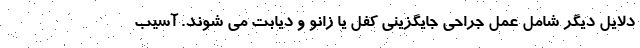
دلایل دیگر شامل عمل جراحی جایگزینی کفل یا زانو و دیابت می شوند. آسیب